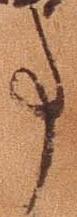
事